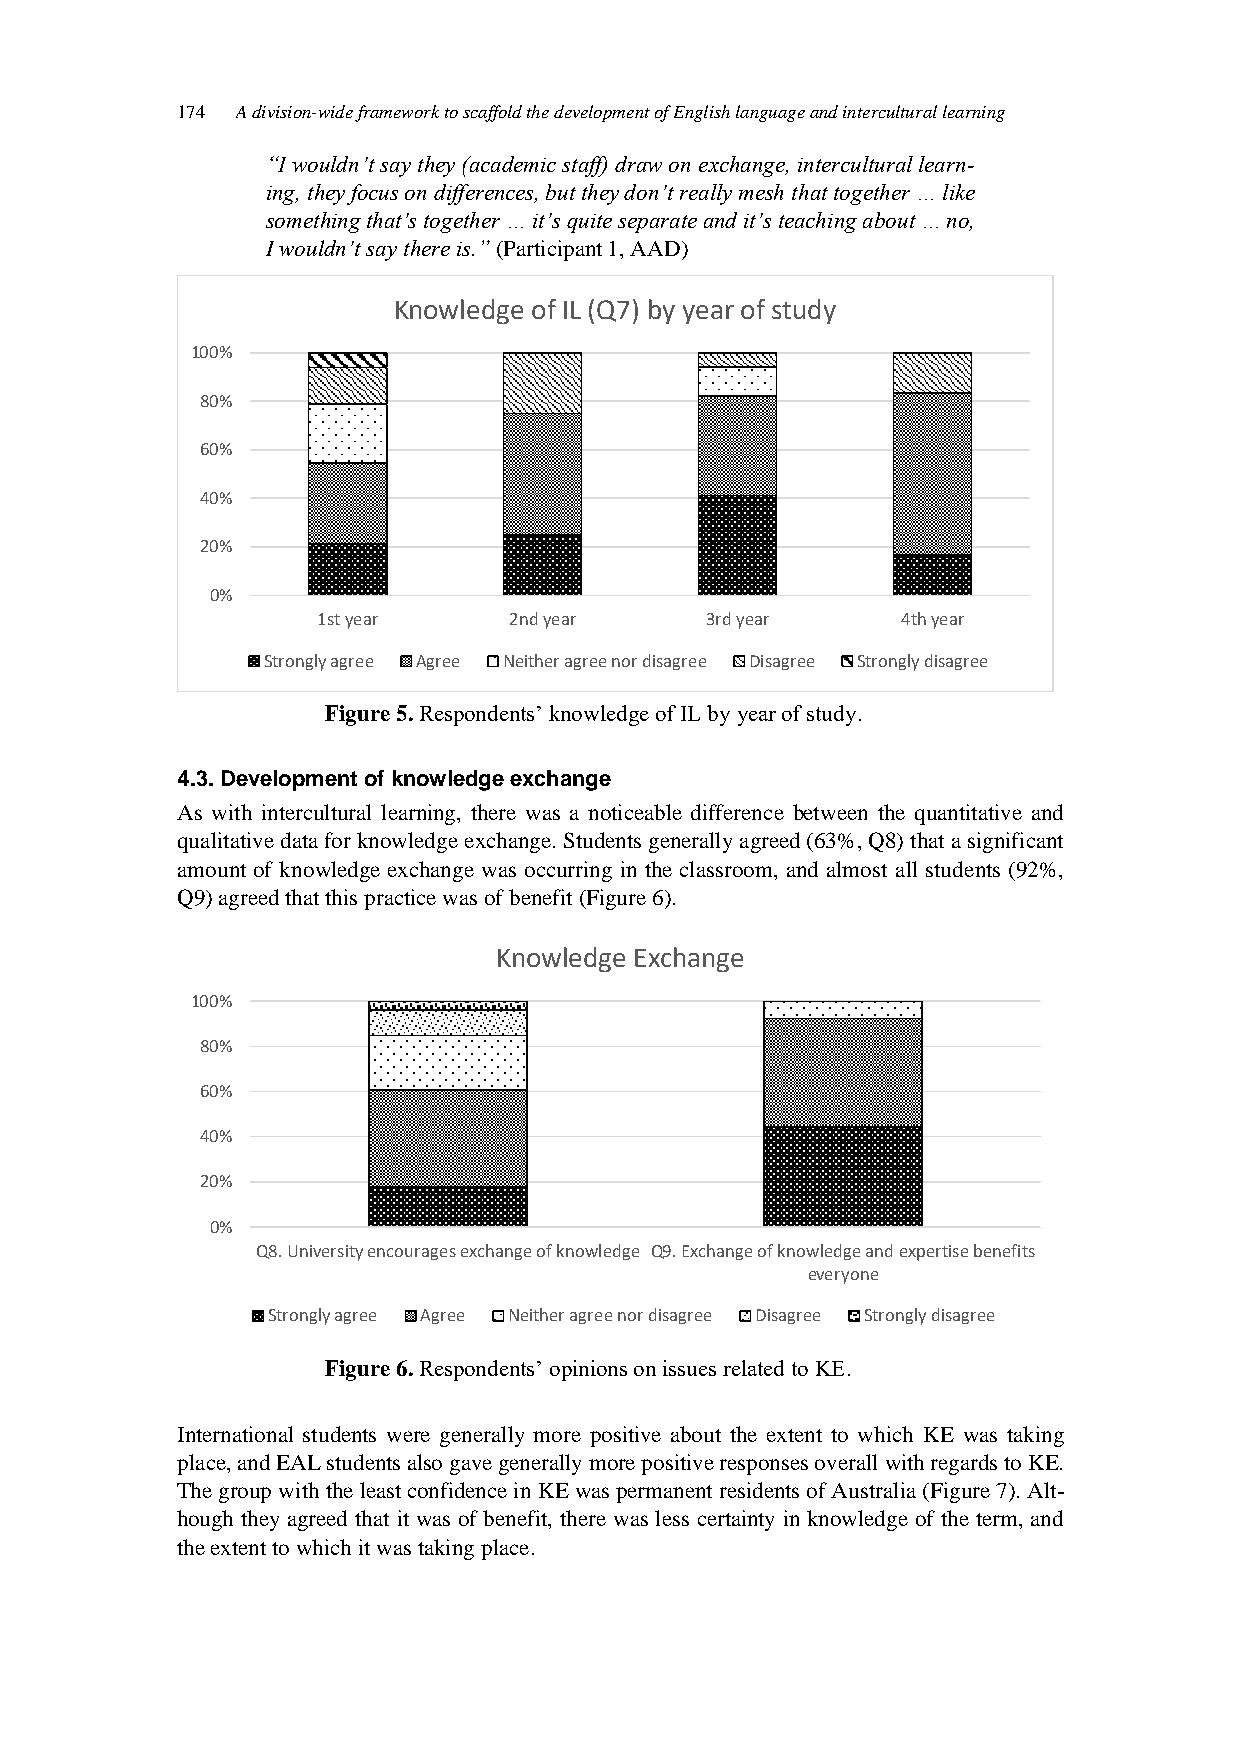
174 A division-wide framework to scaffold the development of English language and intercultural learning
 “I wouldn’t say they (academic staff) draw on exchange, intercultural learn-
 ing, they focus on differences, but they don’t really mesh that together … like
 something that’s together … it’s quite separate and it’s teaching about … no,
 I wouldn’t say there is.” (Participant 1, AAD)
 Knowledge of IL (Q7) by year of study
 100%
 80%
 60%
 40%
 20%
 0%
 1st year     2nd year     3rd year     4th year
 Strongly agree Agree Neither agree nor disagree Disagree Strongly disagree
 Figure 5. Respondents’ knowledge of IL by year of study.
 4.3. Development of knowledge exchange
 As with intercultural learning, there was a noticeable difference between the quantitative and
 qualitative data for knowledge exchange. Students generally agreed (63%, Q8) that a significant
 amount of knowledge exchange was occurring in the classroom, and almost all students (92%,
 Q9) agreed that this practice was of benefit (Figure 6).
 Knowledge Exchange
 100%
 80%
 60%
 40%
 20%
 0%
 Q8. University encourages exchange of knowledge Q9. Exchange of knowledge and expertise benefits
 everyone
 Strongly agree Agree Neither agree nor disagree Disagree Strongly disagree
 Figure 6. Respondents’ opinions on issues related to KE.
 International students were generally more positive about the extent to which KE was taking
 place, and EAL students also gave generally more positive responses overall with regards to KE.
 The group with the least confidence in KE was permanent residents of Australia (Figure 7). Alt-
 hough they agreed that it was of benefit, there was less certainty in knowledge of the term, and
 the extent to which it was taking place.